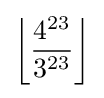
\left\lfloor {\frac {4^{23}}{3^{23}}}\right\rfloor